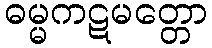
ဓမ္မကဋမတ္တော